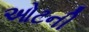
ઓટની